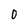
Character: 0